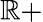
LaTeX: \mathbb{R}+